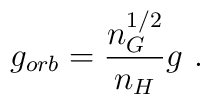
g_{orb}=\frac{n_{G}^{1/2}}{n_{H}}g \ .